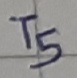
Text: T5